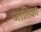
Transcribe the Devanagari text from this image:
जातिको